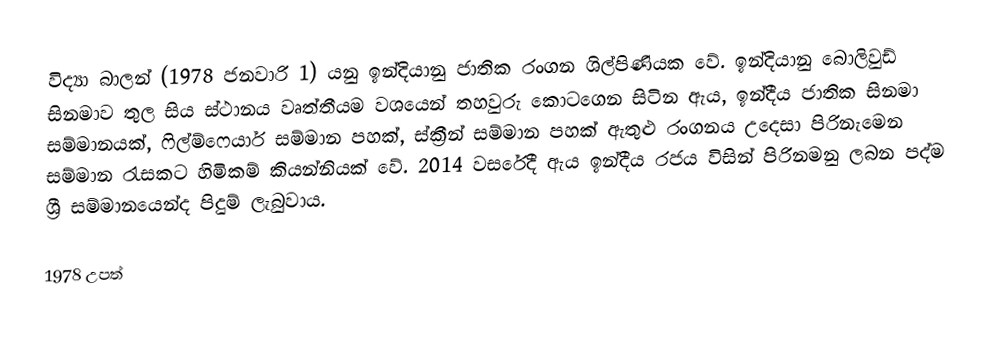
විද්‍යා බාලන් (1978 ජනවාරි 1) යනු ඉන්දියානු ජාතික රංගන ශිල්පිණියක වේ. ඉන්දියානු බොලිවුඩ් සිනමාව තුල සිය ස්ථානය වෘත්තීයම වශයෙන් තහවුරු කොටගෙන සිටින ඇය, ඉන්දීය ජාතික සිනමා සම්මානයක්, ෆිල්ම්ෆෙයාර් සම්මාන පහක්, ස්ක්‍රීන් සම්මාන පහක් ඇතුළු රංගනය උදෙසා පිරිනැමෙන සම්මාන රැසකට හිමිකම් කියන්නියක් වේ. 2014 වසරේදී ඇය ඉන්දීය රජය විසින් පිරිනමනු ලබන පද්ම ශ්‍රී සම්මානයෙන්ද පිදුම් ලැබුවාය.

1978 උපත්